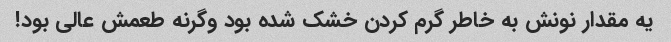
یه مقدار نونش به خاطر گرم کردن خشک شده بود وگرنه طعمش عالی بود!